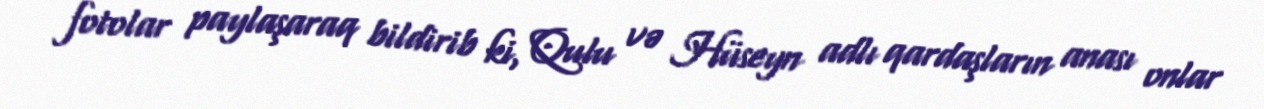
fotolar paylaşaraq bildirib ki, Qulu və Hüseyn adlı qardaşların anası onlar